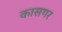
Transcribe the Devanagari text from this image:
कासगर